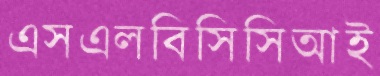
এসএলবিসিসিআই